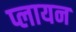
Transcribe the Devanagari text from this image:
प्लायन